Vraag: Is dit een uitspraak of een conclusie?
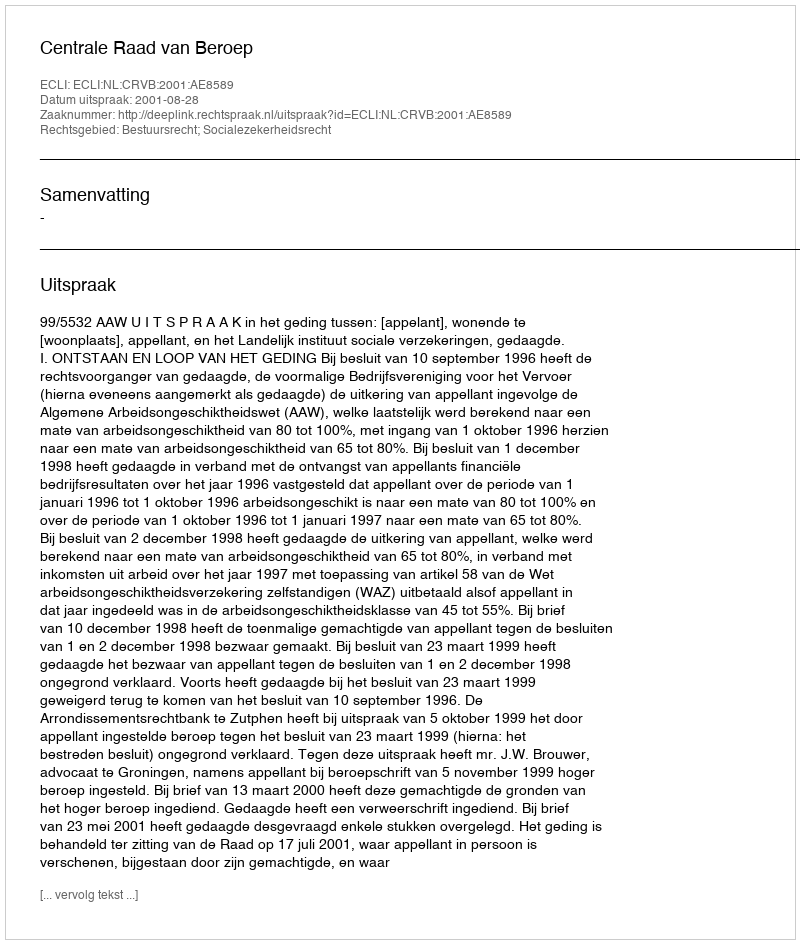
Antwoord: Uitspraak